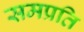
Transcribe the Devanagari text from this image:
समप्रति